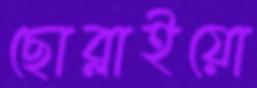
ছোব্‌লাইয়ো